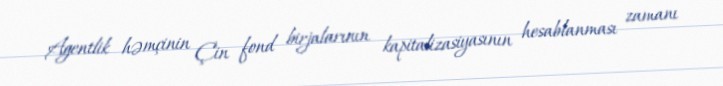
Agentlik həmçinin Çin fond birjalarının kapitalizasiyasının hesablanması zamanı